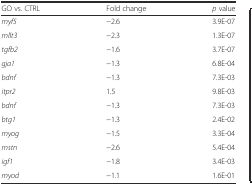
<table><thead><tr><td><b>GO vs. CTRL</b></td><td><b>Fold change</b></td><td><b><i>p</i> value</b></td></tr></thead><tbody><tr><td><i>myf5</i></td><td>−2.6</td><td>3.9E-07</td></tr><tr><td><i>mllt3</i></td><td>−2.3</td><td>1.3E-07</td></tr><tr><td><i>tgfb2</i></td><td>−1.6</td><td>3.7E-07</td></tr><tr><td><i>gja1</i></td><td>−1.3</td><td>6.8E-04</td></tr><tr><td><i>bdnf</i></td><td>−1.3</td><td>7.3E-03</td></tr><tr><td><i>itpr2</i></td><td>1.5</td><td>9.8E-03</td></tr><tr><td><i>bdnf</i></td><td>−1.3</td><td>7.3E-03</td></tr><tr><td><i>btg1</i></td><td>−1.3</td><td>2.4E-02</td></tr><tr><td><i>myog</i></td><td>−1.5</td><td>3.3E-04</td></tr><tr><td><i>mstn</i></td><td>−2.6</td><td>5.4E-04</td></tr><tr><td><i>igf1</i></td><td>−1.8</td><td>3.4E-03</td></tr><tr><td><i>myod</i></td><td>−1.1</td><td>1.6E-01</td></tr></tbody></table>